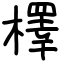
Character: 檡